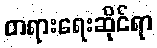
တရားရေးဆိုင်ရာ